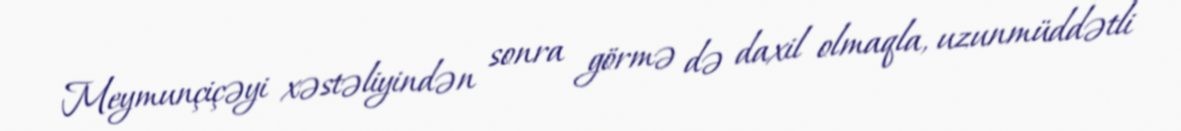
Meymunçiçəyi xəstəliyindən sonra görmə də daxil olmaqla, uzunmüddətli